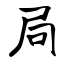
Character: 局